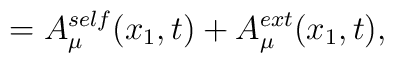
=A_{\mu}^{self}(x_1,t) + A_{\mu}^{ext}(x_1,t),